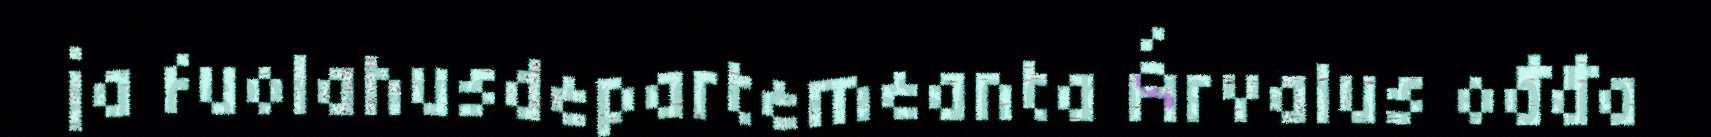
ja fuolahusdepartemeanta Árvalus ođđa